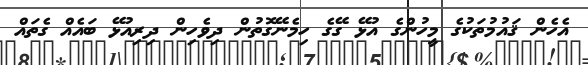
އެހެން ޤައުމުތަކުގެ މީހުންގެ އުޅޭ ގޭގެ ހިމެނޭގޮތުން ދިވެހިން ދިރިއުޅޭ ބައެއް ގެތައް